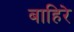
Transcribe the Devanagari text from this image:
बाहिरे